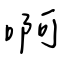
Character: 啊